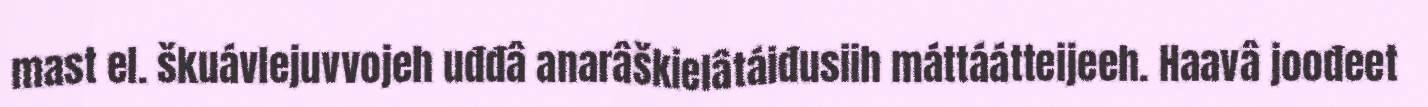
mast el. škuávlejuvvojeh uđđâ anarâškielâtáiđusiih máttáátteijeeh. Haavâ joođeet